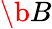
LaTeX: \b{B}